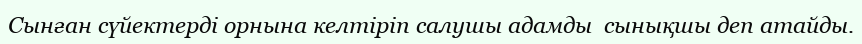
Сынған сүйектерді орнына келтіріп салушы адамды  сынықшы деп атайды.